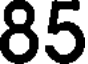
85